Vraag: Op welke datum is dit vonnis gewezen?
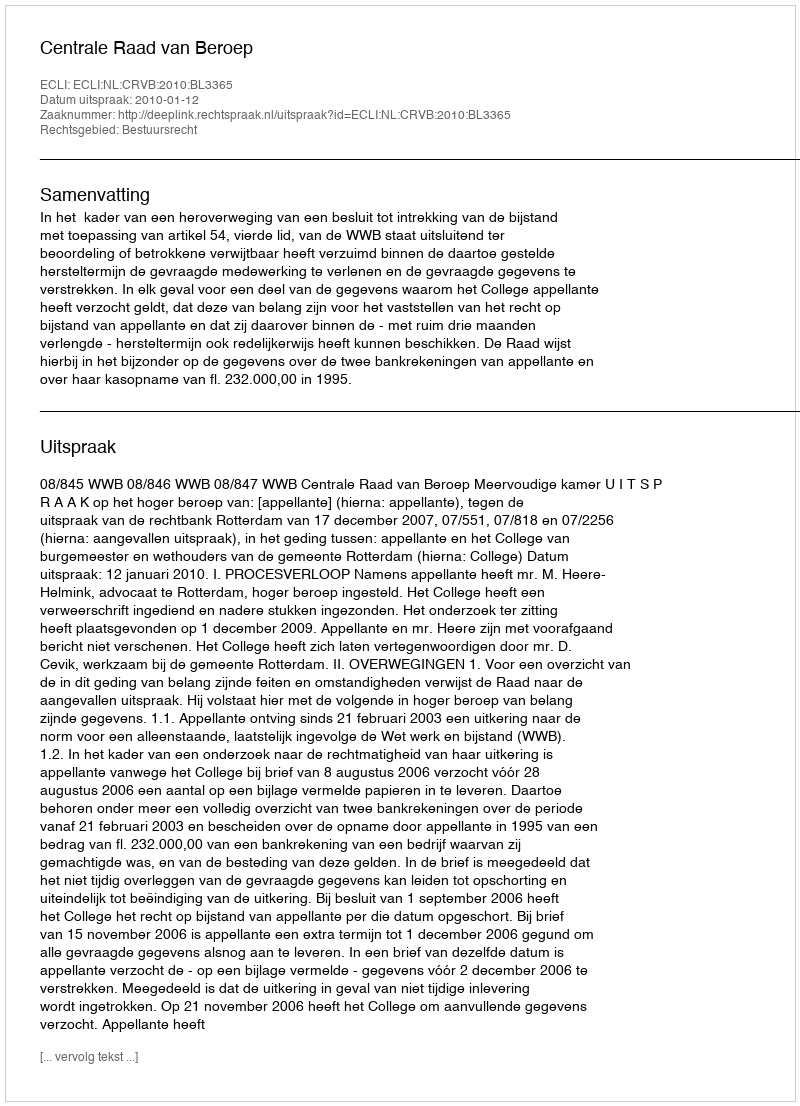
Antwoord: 2010-01-12